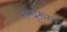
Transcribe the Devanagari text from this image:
तन्दुरूस्त